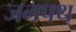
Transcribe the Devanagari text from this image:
जनपथ्